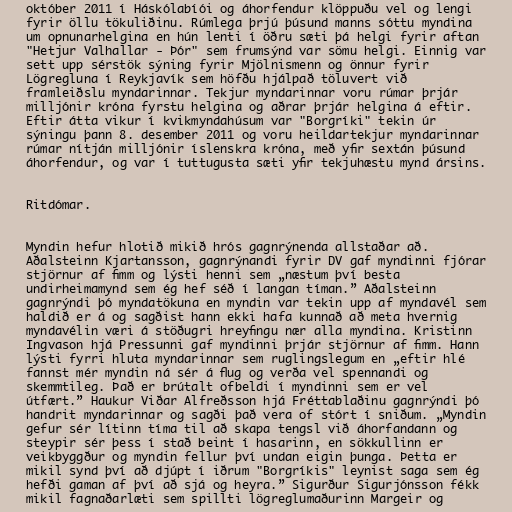
október 2011 í Háskólabíói og áhorfendur klöppuðu vel og lengi
fyrir öllu tökuliðinu. Rúmlega þrjú þúsund manns sóttu myndina
um opnunarhelgina en hún lenti í öðru sæti þá helgi fyrir aftan
"Hetjur Valhallar - Þór" sem frumsýnd var sömu helgi. Einnig var
sett upp sérstök sýning fyrir Mjölnismenn og önnur fyrir
Lögregluna í Reykjavík sem höfðu hjálpað töluvert við
framleiðslu myndarinnar. Tekjur myndarinnar voru rúmar þrjár
milljónir króna fyrstu helgina og aðrar þrjár helgina á eftir.
Eftir átta vikur í kvikmyndahúsum var "Borgríki" tekin úr
sýningu þann 8. desember 2011 og voru heildartekjur myndarinnar
rúmar nítján milljónir íslenskra króna, með yfir sextán þúsund
áhorfendur, og var í tuttugusta sæti yfir tekjuhæstu mynd ársins.

Ritdómar.

Myndin hefur hlotið mikið hrós gagnrýnenda allstaðar að.
Aðalsteinn Kjartansson, gagnrýnandi fyrir DV gaf myndinni fjórar
stjörnur af fimm og lýsti henni sem „næstum því besta
undirheimamynd sem ég hef séð í langan tíman.” Aðalsteinn
gagnrýndi þó myndatökuna en myndin var tekin upp af myndavél sem
haldið er á og sagðist hann ekki hafa kunnað að meta hvernig
myndavélin væri á stöðugri hreyfingu nær alla myndina. Kristinn
Ingvason hjá Pressunni gaf myndinni þrjár stjörnur af fimm. Hann
lýsti fyrri hluta myndarinnar sem ruglingslegum en „eftir hlé
fannst mér myndin ná sér á flug og verða vel spennandi og
skemmtileg. Það er brútalt ofbeldi í myndinni sem er vel
útfært.” Haukur Viðar Alfreðsson hjá Fréttablaðinu gagnrýndi þó
handrit myndarinnar og sagði það vera of stórt í sniðum. „Myndin
gefur sér lítinn tíma til að skapa tengsl við áhorfandann og
steypir sér þess í stað beint í hasarinn, en sökkullinn er
veikbyggður og myndin fellur því undan eigin þunga. Þetta er
mikil synd því að djúpt í iðrum "Borgríkis" leynist saga sem ég
hefði gaman af því að sjá og heyra.” Sigurður Sigurjónsson fékk
mikil fagnaðarlæti sem spillti lögreglumaðurinn Margeir og